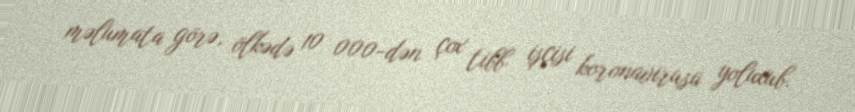
məlumata görə, ölkədə 10 000-dən çox tibb işçisi koronavirusa yoluxub.